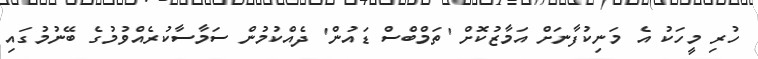
ހުރި މީހަކު އެ މަނިކުފާނަށް އަމާޒުކޮށް 'ތަމްބްސް ޑައުން' ދެއްކުމުން ސަމާސާކުރެއްވުމުގެ ބޭނުމުގައި